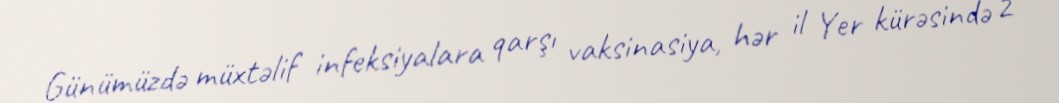
Günümüzdə müxtəlif infeksiyalara qarşı vaksinasiya, hər il Yer kürəsində 2